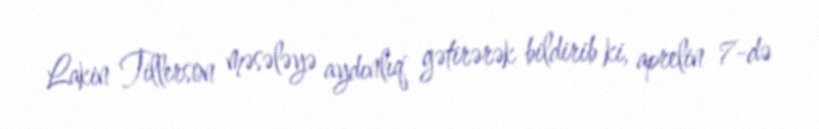
Lakin Tillerson məsələyə aydınlıq gətirərək bildirib ki, aprelin 7-də